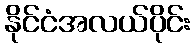
နိုင်ငံအလယ်ပိုင်း